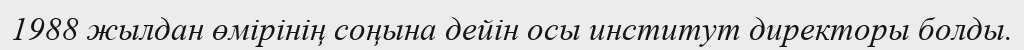
1988 жылдан өмірінің соңына дейін осы институт директоры болды.